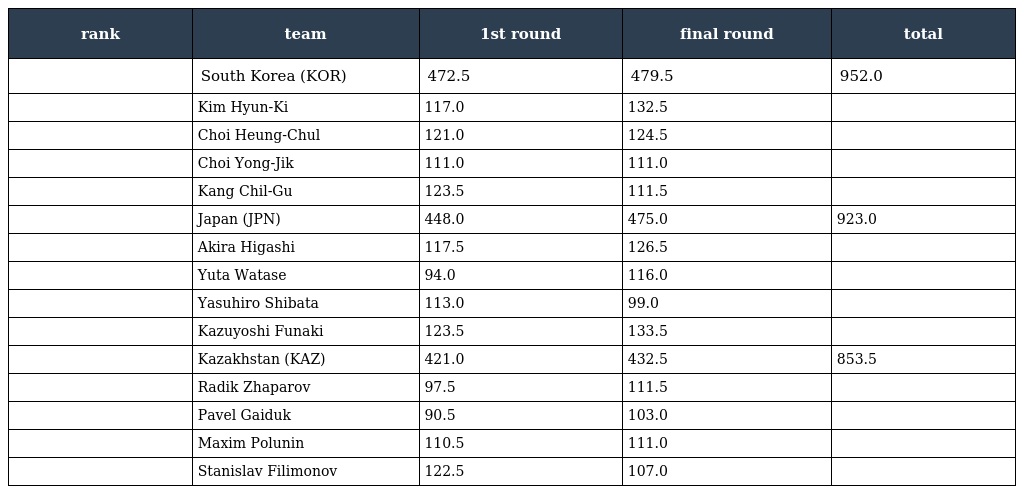
| rank | team | 1st round | final round | total |
 | --- | --- | --- | --- | --- |
 |  | South Korea (KOR) | 472.5 | 479.5 | 952.0 |
 |  | Kim Hyun-Ki | 117.0 | 132.5 |  |
 |  | Choi Heung-Chul | 121.0 | 124.5 |  |
 |  | Choi Yong-Jik | 111.0 | 111.0 |  |
 |  | Kang Chil-Gu | 123.5 | 111.5 |  |
 |  | Japan (JPN) | 448.0 | 475.0 | 923.0 |
 |  | Akira Higashi | 117.5 | 126.5 |  |
 |  | Yuta Watase | 94.0 | 116.0 |  |
 |  | Yasuhiro Shibata | 113.0 | 99.0 |  |
 |  | Kazuyoshi Funaki | 123.5 | 133.5 |  |
 |  | Kazakhstan (KAZ) | 421.0 | 432.5 | 853.5 |
 |  | Radik Zhaparov | 97.5 | 111.5 |  |
 |  | Pavel Gaiduk | 90.5 | 103.0 |  |
 |  | Maxim Polunin | 110.5 | 111.0 |  |
 |  | Stanislav Filimonov | 122.5 | 107.0 |  |